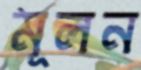
মূলন